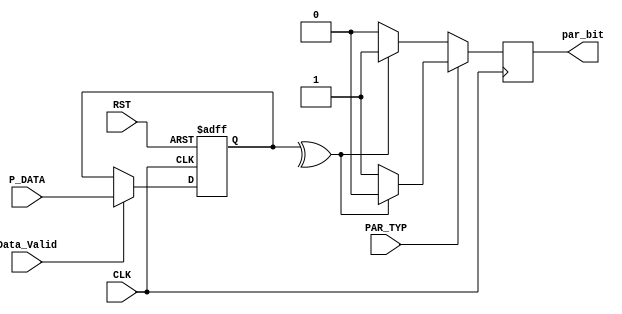
module parity_calc #(parameter Data_WD = 8)
(
	input  wire	[Data_WD-1 : 0]		P_DATA,
	input  wire						Data_Valid,
	input  wire						PAR_TYP,
	input  wire 					CLK,RST,
	output reg						par_bit
);

wire parity;
reg  [Data_WD-1 : 0] s_data;

assign parity = ^s_data;

always @(posedge CLK or negedge RST) begin 
	if(~RST) begin
		s_data  <= 'b0;
	end else if (Data_Valid) begin
		s_data <= P_DATA;
	end
end

always @(posedge CLK) begin 
	if (PAR_TYP) 
	begin
		if (parity) 
			begin
				par_bit <= 1'b0;
			end
		else
			begin
				par_bit <= 1'b1;
			end
	end 
	else
	begin
		 if (parity) 
		 	begin
		 		par_bit <= 1'b1;
		 	end
		 else
		 	begin
		 		par_bit <= 1'b0;
		 	end
	end
end

endmodule